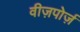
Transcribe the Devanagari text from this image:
वीज़पोर्ज़